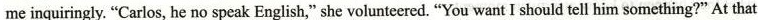
me inquiringly.“Carlos, he no speak English,”she volunteered.“You want I should tell him something?”At that